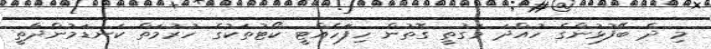
މި ދެ ބޭފުޅުންގެ ހުއްދަ ވަގުތީ ގޮތުން ހިފަަހެއްޓީ ކޯޓުތަކުގެ ހުރުމަތް ކަނޑަމުންދާތީ